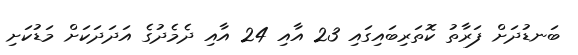
ބަނޑުދަށް ފަރާތު ކޮތަރިބައިގައި 23 އާއި 24 އާއި ދެމެދުގެ އަދަދަކަށް މަޑުކަށި